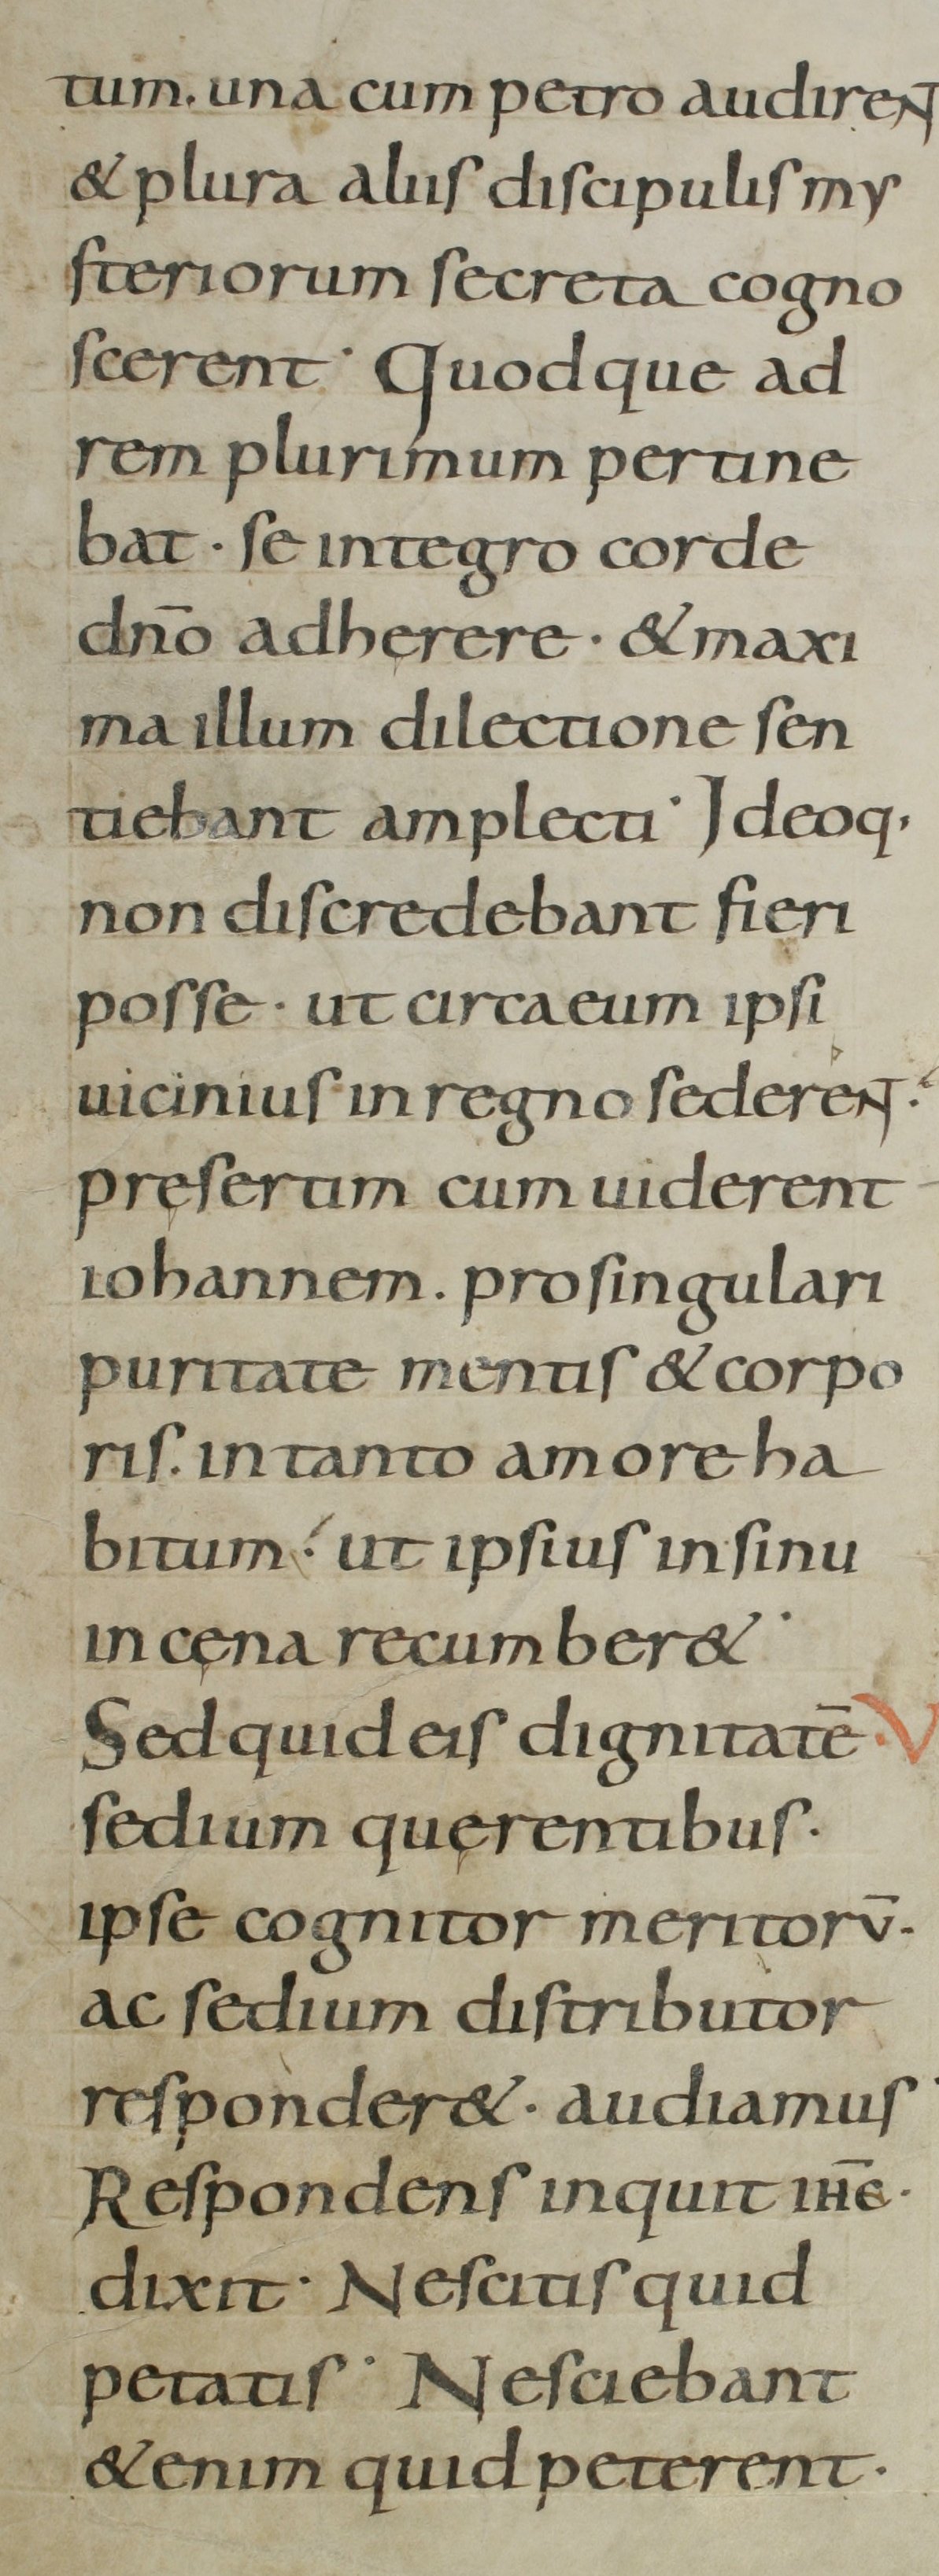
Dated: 800–899